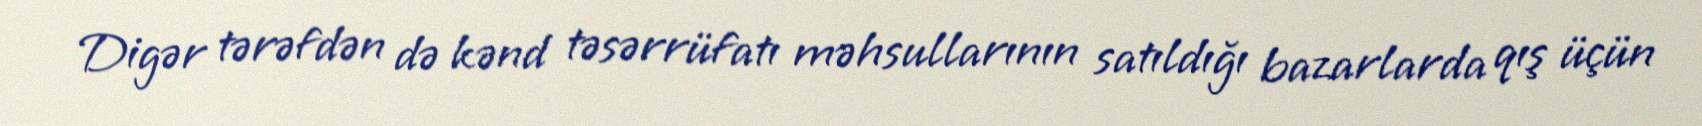
Digər tərəfdən də kənd təsərrüfatı məhsullarının satıldığı bazarlarda qış üçün